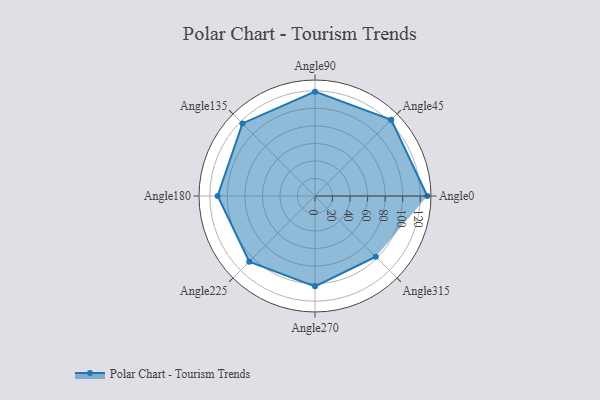
{"axis": {"x": "Angle", "y": "Radius"}, "legend": [""], "data": [{"x": "Angle0", "y": 128.0, "type": ""}, {"x": "Angle45", "y": 123.0, "type": ""}, {"x": "Angle90", "y": 119.0, "type": ""}, {"x": "Angle135", "y": 117.0, "type": ""}, {"x": "Angle180", "y": 111.0, "type": ""}, {"x": "Angle225", "y": 106.0, "type": ""}, {"x": "Angle270", "y": 103.0, "type": ""}, {"x": "Angle315", "y": 98.0, "type": ""}]}